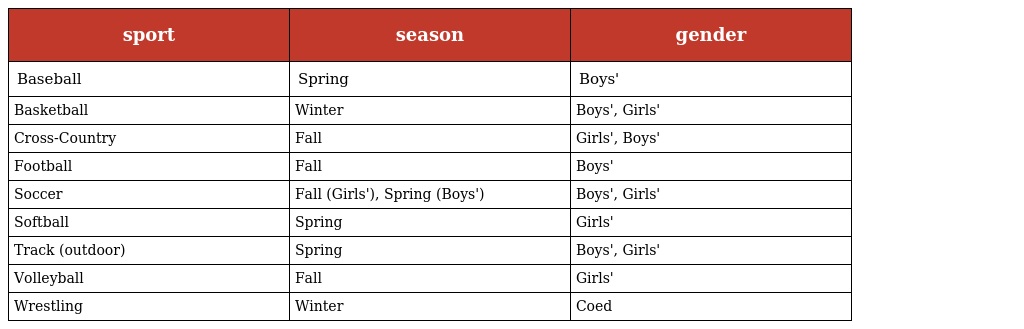
| sport | season | gender |
 | --- | --- | --- |
 | Baseball | Spring | Boys' |
 | Basketball | Winter | Boys', Girls' |
 | Cross-Country | Fall | Girls', Boys' |
 | Football | Fall | Boys' |
 | Soccer | Fall (Girls'), Spring (Boys') | Boys', Girls' |
 | Softball | Spring | Girls' |
 | Track (outdoor) | Spring | Boys', Girls' |
 | Volleyball | Fall | Girls' |
 | Wrestling | Winter | Coed |